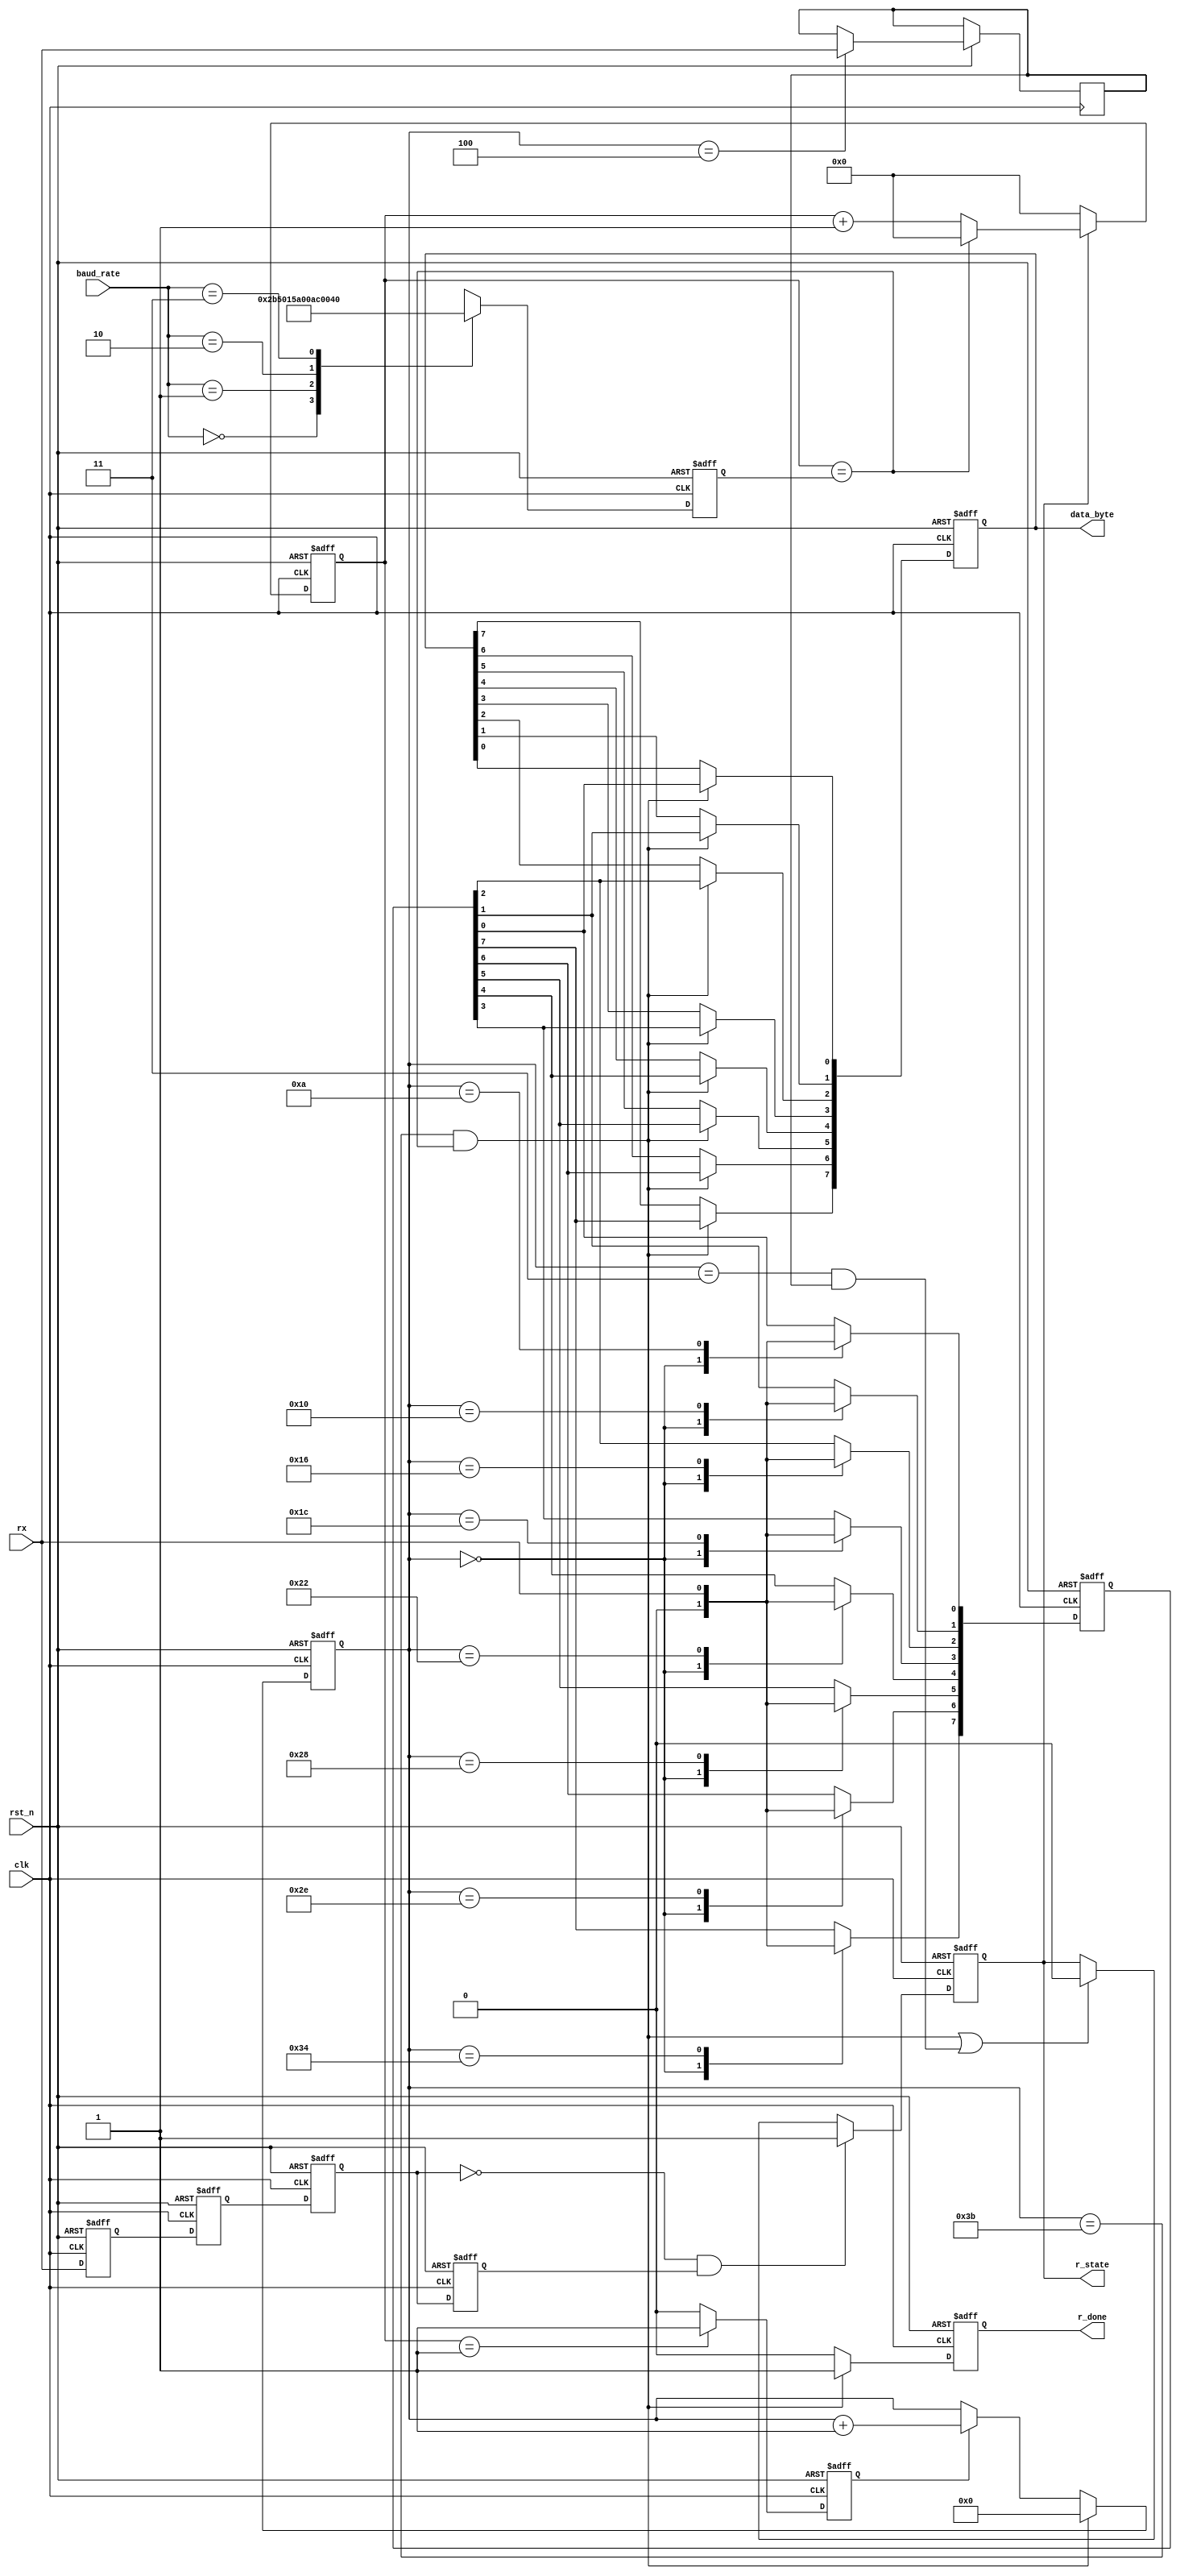
`timescale 1ns / 1ps
//////////////////////////////////////////////////////////////////////////////////
// Company: 
// Engineer: 
// 
// Design Name: 
// Module Name: uart_rx
// Project Name: 
// Target Devices: 
// Tool Versions: 
// Description: 
// 
// Dependencies: 
// 
// Revision:
// Revision 0.01 - File Created
// Additional Comments:
// 
//////////////////////////////////////////////////////////////////////////////////
//81
module uart_rx (
    input clk,
    input rst_n,
    input rx,
    input [1:0] baud_rate,   //9600 19200 38400 115200 
    output reg r_done,
    output reg r_state,
    output reg [7:0]data_byte
);
    
    wire negdge;
    reg s0_rx_r,s1_rx_r;
    reg s0_temp_r,s1_temp_r;
    
    parameter Sys_Fre = 40_000_000;
	
    assign negdge = (!s0_temp_r) && (s1_temp_r);

    //
    always @(posedge clk or negedge rst_n) begin
        if(!rst_n) begin
            s0_rx_r <= 1'd0;
            s1_rx_r <= 1'd0;
        end
        else begin
            s0_rx_r <= rx;
            s1_rx_r <= s0_rx_r;
        end
    end

    //
    always @(posedge clk or negedge rst_n) begin
        if(!rst_n) begin
            s0_temp_r <= 1'd0;
            s1_temp_r <= 1'd0;
        end
        else begin
            s0_temp_r <= s1_rx_r;
            s1_temp_r <= s0_temp_r;
        end
    end

    reg [15:0] div_pre;
    //
    always @(posedge clk or negedge rst_n) begin
        if(!rst_n)
            div_pre <= (Sys_Fre / 9600 / 6) - 1'b1;
        else
            case(baud_rate)
                2'b00:div_pre <= (Sys_Fre / 9600 / 6) - 1'b1;
                2'b01:div_pre <= (Sys_Fre / 19200 / 6) - 1'b1;
                2'b10:div_pre <= (Sys_Fre / 38400 / 6) - 1'b1;
                2'b11:div_pre <= (Sys_Fre / 115200 / 6) - 1'b1;
            endcase
    end

    reg bps_clk;
    reg [11:0] div_cnt;
    //
    always @(posedge clk or negedge rst_n) begin
        if(!rst_n) 
            div_cnt <= 12'd0;
        else if(r_state) begin
            if(div_cnt == div_pre) 
                div_cnt <= 12'd0;
            else 
                div_cnt <= div_cnt + 1'b1;
        end
        else 
            div_cnt <= 12'd0;
    end

    always @(posedge clk or negedge rst_n) begin
        if(!rst_n)
            bps_clk <= 1'b0;
        else if(div_cnt == 12'd1)
            bps_clk <= 1'b1;
        else
            bps_clk <= 1'b0;
    end

    reg [5:0] bps_cnt;
    //
    always @(posedge clk or negedge rst_n) begin
        if(!rst_n)
            bps_cnt <= 6'd0;
		  else if((bps_cnt == 6'd59) && (div_cnt == div_pre))
				bps_cnt <= 0;
        else if(bps_clk)
            bps_cnt <= bps_cnt + 1'b1;
        else
            bps_cnt <= bps_cnt;
    end

    reg [7:0]rec_data_r;
    reg start_bit_r,end_bit_r;
    //rx
    always @(posedge clk or negedge rst_n) begin
        if(!rst_n) begin
            rec_data_r[0] <= 1'b0;
            rec_data_r[1] <= 1'b0;
            rec_data_r[2] <= 1'b0;
            rec_data_r[3] <= 1'b0;
            rec_data_r[4] <= 1'b0;
            rec_data_r[5] <= 1'b0;
            rec_data_r[6] <= 1'b0;
            rec_data_r[7] <= 1'b0;
		  end
        else begin
            case(bps_cnt)
                6'd0: begin
                    rec_data_r[0] <= 1'b0;
                    rec_data_r[1] <= 1'b0;
                    rec_data_r[2] <= 1'b0;
                    rec_data_r[3] <= 1'b0;
                    rec_data_r[4] <= 1'b0;
                    rec_data_r[5] <= 1'b0;
                    rec_data_r[6] <= 1'b0;
                    rec_data_r[7] <= 1'b0;
                end
                6'd4:start_bit_r <= rx;
                6'd10:rec_data_r[0] <= rx;   
                6'd16:rec_data_r[1] <= rx;
                6'd22:rec_data_r[2] <= rx;
                6'd28:rec_data_r[3] <= rx;
                6'd34:rec_data_r[4] <= rx;
                6'd40:rec_data_r[5] <= rx;
                6'd46:rec_data_r[6] <= rx;
                6'd52:rec_data_r[7] <= rx;
                6'd58:end_bit_r <= rx;
                default:;
            endcase
		 end
    end

    //
    always @(posedge clk or negedge rst_n) begin
        if(!rst_n)
            r_done <= 1'b0;
        else if((bps_cnt == 6'd59) && (div_cnt == div_pre))
            r_done <= 1'b1;
		else
			r_done <= 1'b0;
    end

    always @(posedge clk or negedge rst_n) begin
        if(!rst_n)
            data_byte <= 8'd0;
        else if((bps_cnt == 6'd59) && (div_cnt == div_pre))begin
            data_byte[0] <= rec_data_r[0];
            data_byte[1] <= rec_data_r[1];
            data_byte[2] <= rec_data_r[2];
            data_byte[3] <= rec_data_r[3];
            data_byte[4] <= rec_data_r[4];
            data_byte[5] <= rec_data_r[5];
            data_byte[6] <= rec_data_r[6];
            data_byte[7] <= rec_data_r[7];
        end
    end

    always @(posedge clk or negedge rst_n) begin
        if(!rst_n) 
            r_state <= 1'b0;
        else if(negdge)
            r_state <= 1'b1;
        else if((bps_cnt == 6'd59  && (div_cnt == div_pre)) || (bps_cnt == 6'd3 && start_bit_r))
            r_state <= 1'b0;
        else
            r_state <= r_state;
    end

endmodule